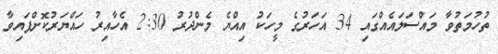
ތުހުމަތުވާ މައްސަލައެއްގައި 34 އަހަރުގެ މީހަކު އިއްޔެ މެންދުރު 2:30 އެހާއިރު ހައްޔަރުކޮށްފައިވާ